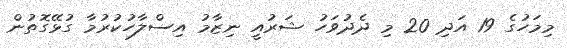
މިމަހުގެ 19 އަދި 20 މި ދެދުވަހު ޝަރުއީ ނިޒާމު އިސްލާހުކުރުމާ ގުޅޭގޮތުން